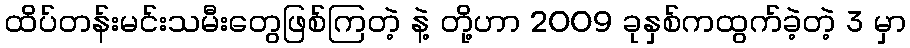
ထိပ်တန်းမင်းသမီးတွေဖြစ်ကြတဲ့ နဲ့ တို့ဟာ 2009 ခုနှစ်ကထွက်ခဲ့တဲ့ 3 မှာ